Indian journal of veterinary science and animal husbandry - Volume 11,
Year: 1941
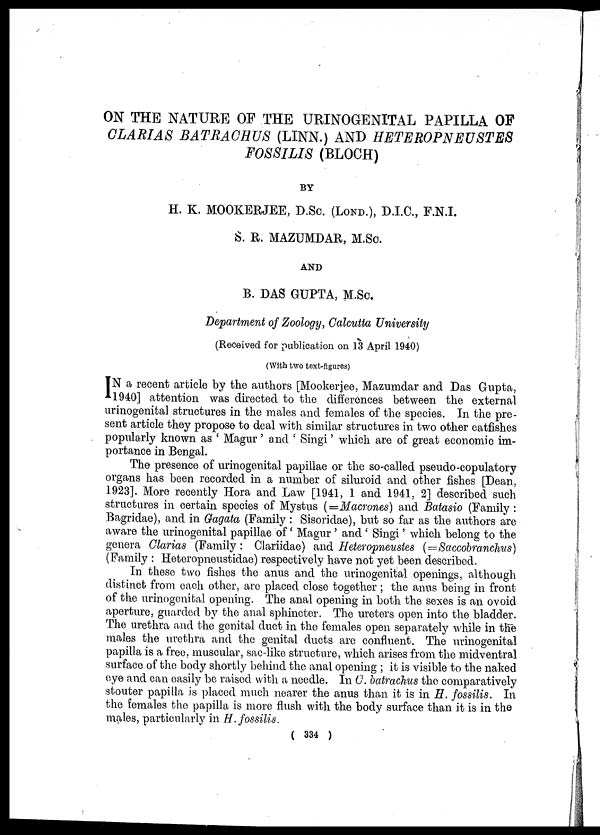
ON THE NATURE OF THE URINOGENITAL PAPILLA OF
CLARIAS BATRACHUS (LINN.) AND HETEROPNEUSTES
FOSSILIS (BLOCH)
BY
H. K. MOOKERJEE, D.Sc. (LOND.), D.I.C., F.N.I.
S. R. MAZUMDAR, M.Sc.
AND
B. DAS GUPTA, M.Sc.
Department of Zoology, Calcutta University
(Received for publication on 13 April 1940)
(With two text-figures)
I N a recent article by the authors [Mookerjee, Mazumdar and Das Gupta,
1940] attention was directed to the differences between the external
urinogenital structures in the males and females of the species. In the pre-
sent article they propose to deal with similar structures in two other catfishes
popularly known as ' Magur' and ' Singi' which are of great economic im-
portance in Bengal.
The presence of urinogenital papillae or the so-called pseudo-copulatory
organs has been recorded in a number of siluroid and other fishes [Dean,
1923]. More recently Hora and Law [1941, 1 and 1941, 2] described such
structures in certain species of Mystus (=Macrones) and Batasio (Family:
Bagridae), and in Gagata (Family : Sisoridae), but so far as the authors are
aware the urinogenital papillae of' Magur ' and ' Singi ' which belong to the
genera Clarias (Family: Clariidae) and Heteropneustes (=Saccobrachus)
(Family : Heteropneustidae) respectively have not yet been described.
In these two fishes the anus and the urinogenital openings, although
distinct from each other, are placed close together; the anus being in front
of the urinogenital opening. The anal opening in both the sexes is an ovoid
aperture, guarded by the anal sphincter. The ureters open into the bladder.
The urethra and the genital duct in the females open separately while in the
males the urethra and the genital ducts are confluent. The urinogenital
papilla is a free, muscular, sac-like structure, which arises from the midventral
surface of the body shortly behind the anal opening ; it is visible to the naked
eye and can easily be raised with a needle. In C. batrachus the comparatively
stouter papilla is placed much nearer the anus than it is in H. fossilis. In
the females the papilla is more flush with the body surface than it is in the
males, particularly in H. fossilis.
( 334 )